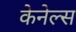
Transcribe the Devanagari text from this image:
केनेल्स